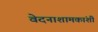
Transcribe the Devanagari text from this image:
वेदनाशामकांशी